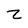
Character: Z